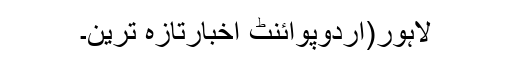
لاہور(اُردوپوائنٹ اخبارتازہ ترین۔